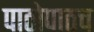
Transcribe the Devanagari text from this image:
पाठोपाठच